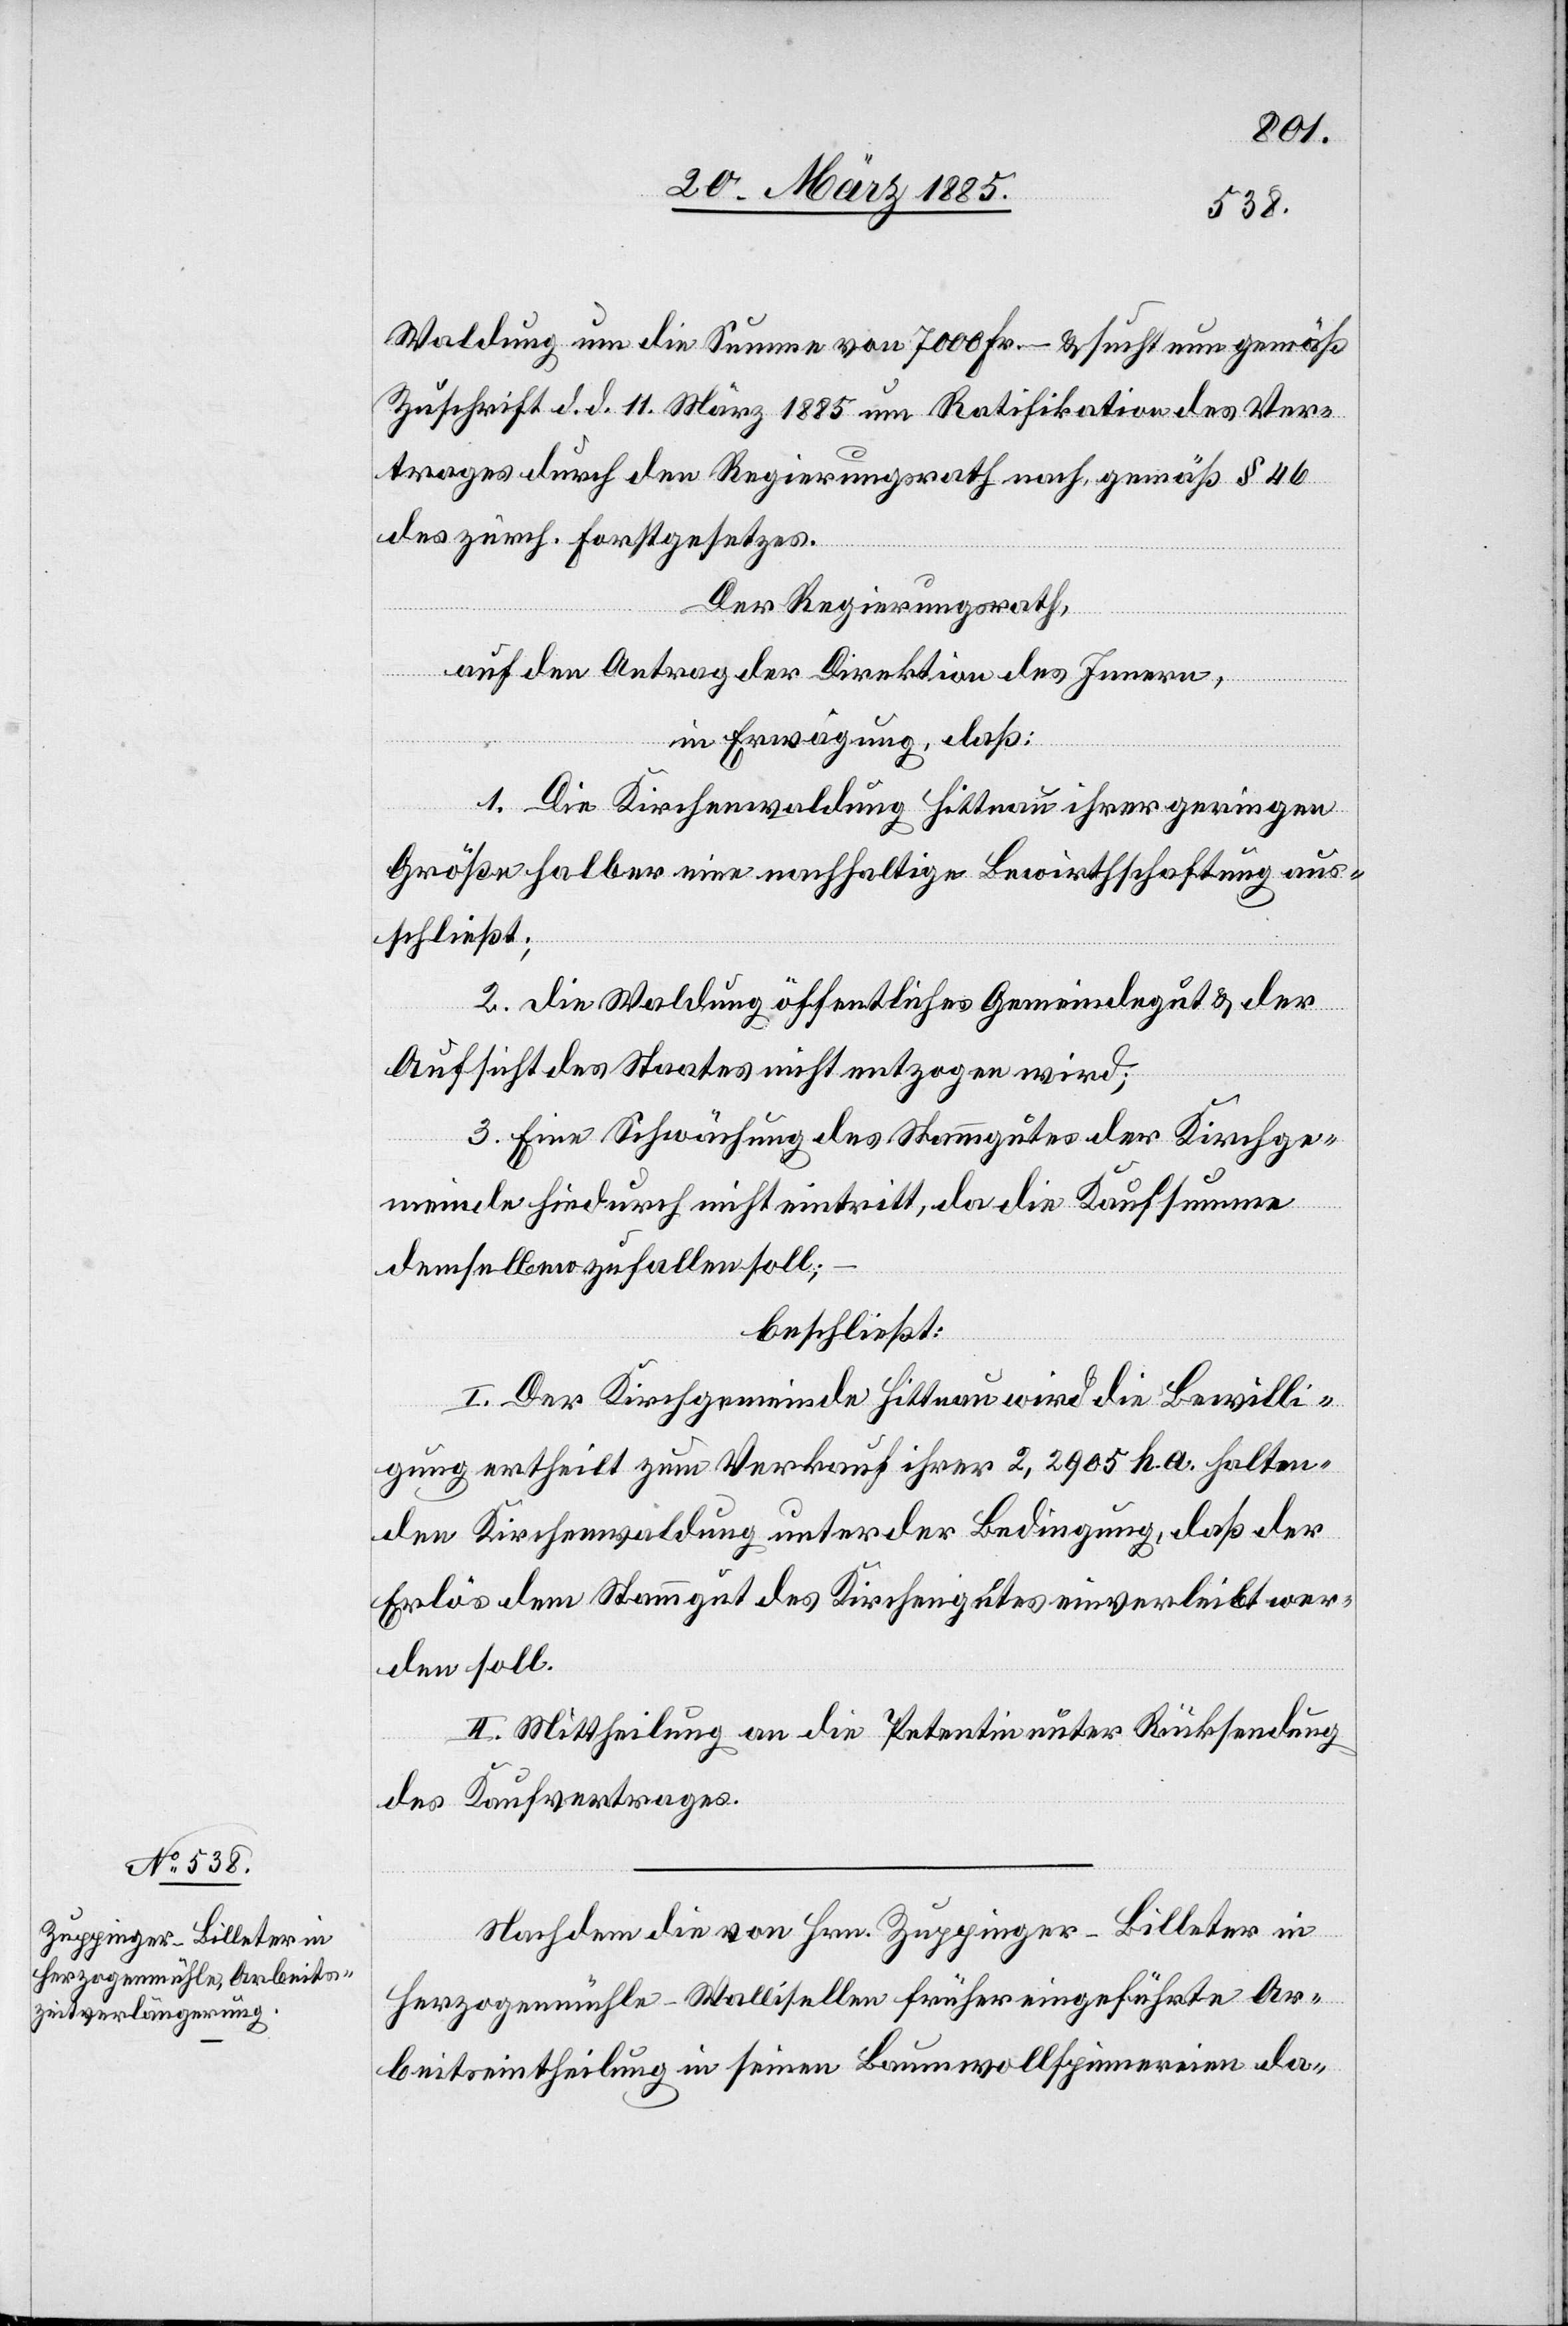
Waldung um die Summe von 7000 Fr. & sucht nun gemäß
Zuschrift d. d. 11. März 1885 um Ratifikation des Ver¬
trages durch den Regierungsrath nach, gemäß § 46
des zürch. Forstgesetzes.
Der Regierungsrath,
auf den Antrag der Direktion des Innern,
in Erwägung, daß:
1. Die Kirchenwaldung Hittnau ihrer geringen
Größe halber eine nachhaltige Bewirthschaftung aus¬
schließt;
2. Die Waldung öffentliches Gemeingut & der
Aufsicht des Staates nicht entzogen wird;
3. Eine Schwächung des Stammgutes der Kirchge¬
meinde hiedurch nicht eintritt, da die Kaufsumme
demselben zufallen soll;
beschließt:
I. Der Kirchgemeinde Hittnau wird die Bewilli¬
gung ertheilt zum Verkauf ihrer 2,2905 ha halten¬
den Kirchenwaldung unter der Bedingung, daß der
Erlös dem Stammgut des Kirchengutes einverleibt wer¬
den soll.
II. Mittheilung an die Petentin unter Rücksendung
des Kaufvertrages.